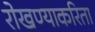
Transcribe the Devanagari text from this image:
रोखण्याकरिता